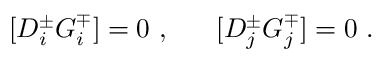
[ D _ { i } ^ { \pm } G _ { i } ^ { \mp } ] = 0 ~ , ~ ~ ~ ~ ~ [ D _ { j } ^ { \pm } G _ { j } ^ { \mp } ] = 0 ~ .